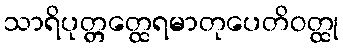
သာရိပုတ္တတ္ထေရမာတုပေတိဝတ္ထု